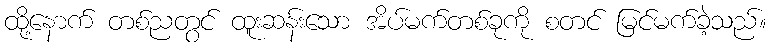
ထို့နောက် တစ်ညတွင် ထူးဆန်းသော အိပ်မက်တစ်ခုကို စတင် မြင်မက်ခဲ့သည်။